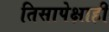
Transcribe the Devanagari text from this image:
तिसापेक्षाही